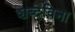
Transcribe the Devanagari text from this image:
शब्देविना